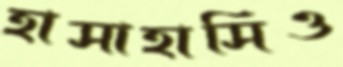
হাসাহাসিও